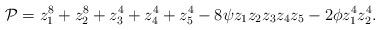
LaTeX: \begin{align*}{\cal P}=z_1^8 +z_2^8 +z_3^4 +z_4^4 + z_5^4 -8\psi z_1 z_2 z_3 z_4 z_5 - 2\phi z_1^4 z_2^4.\end{align*}